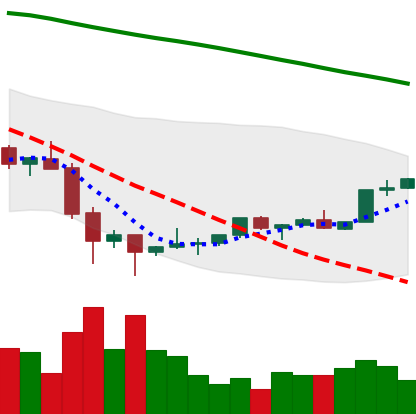
Ticker: TRX-USD
Chart end date: 2022-02-06
Forward return: -3.26%
Label: down_3_5